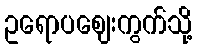
ဥရောပဈေးကွက်သို့